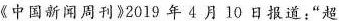
《中国新闻周刊》2019年4月10日报道：”超